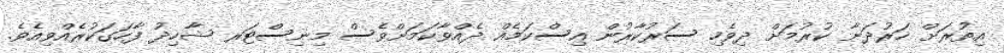
އިތުރަށް ހަރުދަނާ ކުރުމަށް ދިވެހި ސަރުކާރުން އިސްކަމެއް ދެއްވާކަމަށްވެސް މިނިސްޓަރ ޝާހިދު ފާހަގަކުރެއްވިއެވެ.